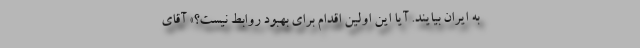
به ایران بیایند. آیا این اولین اقدام برای بهبود روابط نیست؟» آقای